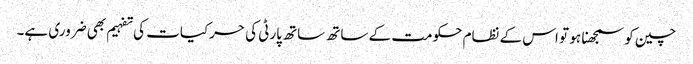
چین کو سمجھنا ہو تو اس کے نظام حکومت کے ساتھ ساتھ پارٹی کی حرکیات کی تفہیم بھی ضروری ہے۔